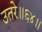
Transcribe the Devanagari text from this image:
उतरे॥६४॥